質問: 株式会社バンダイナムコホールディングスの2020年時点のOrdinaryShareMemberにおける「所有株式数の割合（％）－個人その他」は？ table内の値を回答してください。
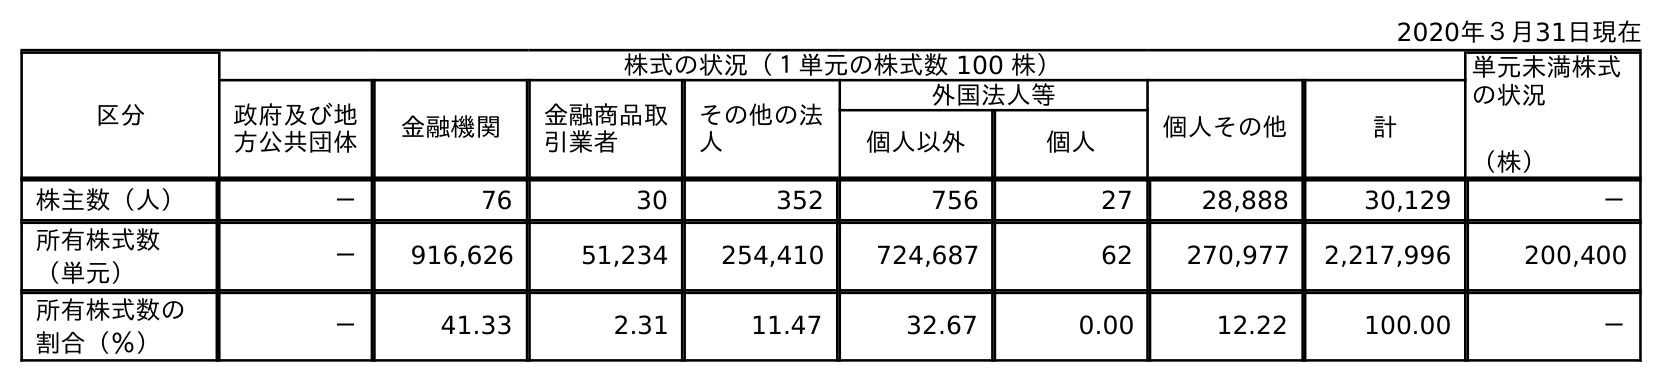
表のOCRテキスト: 2020年３月31日現在 区分 株式の状況（１単元の株式数 100 株） 単元未満株式 の状況 （株） 政府及び地 方公共団体 金融機関 金融商品取 引業者 その他の法 人 外国法人等 個人その他 計 個人以外 個人 株主数（人） － 76 30 352 756 27 28,888 30,129 － 所有株式数 （単元） － 916,626 51,234 254,410 724,687 62 270,977 2,217,996 200,400 所有株式数の 割合（％） － 41.33 2.31 11.47 32.67 0.00 12.22 100.00 －
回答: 12.22